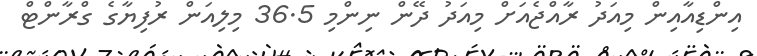
އިންޑިއާއިން މިއަދު ރާއްޖެއަށް މިއަދު ދޭން ނިންމި 36.5 މިލިއަން ރުފިޔާގެ ގްރާންޓް